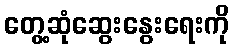
တွေ့ဆုံဆွေးနွေးရေးကို